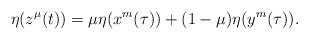
LaTeX: \begin{align*}\eta(z^\mu(t)) = \mu \eta(x^m(\tau))+(1-\mu)\eta(y^m(\tau)). \end{align*}